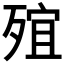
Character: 𣨩